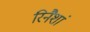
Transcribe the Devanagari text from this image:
रिनैशां